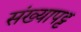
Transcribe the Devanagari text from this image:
संख्यापट्ट